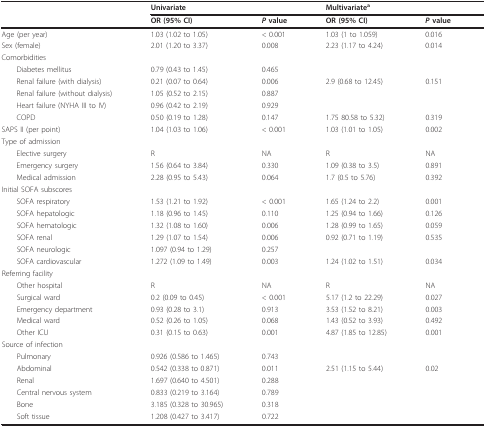
<table><thead><tr><td></td><td colspan="2"><b>Univariate</b></td><td colspan="2"><b>Multivariate<sup>a</sup></b></td></tr><tr><td></td><td><b>OR (95% CI)</b></td><td><b><i>P </i>value</b></td><td><b>OR (95% CI)</b></td><td><b><i>P </i>value</b></td></tr></thead><tbody><tr><td>Age (per year)</td><td>1.03 (1.02 to 1.05)</td><td>&lt; 0.001</td><td>1.03 (1 to 1.059)</td><td>0.016</td></tr><tr><td>Sex (female)</td><td>2.01 (1.20 to 3.37)</td><td>0.008</td><td>2.23 (1.17 to 4.24)</td><td>0.014</td></tr><tr><td>Comorbidities</td><td></td><td></td><td></td><td></td></tr><tr><td> Diabetes mellitus</td><td>0.79 (0.43 to 1.45)</td><td>0.465</td><td></td><td></td></tr><tr><td> Renal failure (with dialysis)</td><td>0.21 (0.07 to 0.64)</td><td>0.006</td><td>2.9 (0.68 to 12.45)</td><td>0.151</td></tr><tr><td> Renal failure (without dialysis)</td><td>1.05 (0.52 to 2.15)</td><td>0.887</td><td></td><td></td></tr><tr><td> Heart failure (NYHA III to IV)</td><td>0.96 (0.42 to 2.19)</td><td>0.929</td><td></td><td></td></tr><tr><td> COPD</td><td>0.50 (0.19 to 1.28)</td><td>0.147</td><td>1.75 80.58 to 5.32)</td><td>0.319</td></tr><tr><td>SAPS II (per point)</td><td>1.04 (1.03 to 1.06)</td><td>&lt; 0.001</td><td>1.03 (1.01 to 1.05)</td><td>0.002</td></tr><tr><td>Type of admission</td><td></td><td></td><td></td><td></td></tr><tr><td> Elective surgery</td><td>R</td><td>NA</td><td>R</td><td>NA</td></tr><tr><td> Emergency surgery</td><td>1.56 (0.64 to 3.84)</td><td>0.330</td><td>1.09 (0.38 to 3.5)</td><td>0.891</td></tr><tr><td> Medical admission</td><td>2.28 (0.95 to 5.43)</td><td>0.064</td><td>1.7 (0.5 to 5.76)</td><td>0.392</td></tr><tr><td>Initial SOFA subscores</td><td></td><td></td><td></td><td></td></tr><tr><td> SOFA respiratory</td><td>1.53 (1.21 to 1.92)</td><td>&lt; 0.001</td><td>1.65 (1.24 to 2.2)</td><td>0.001</td></tr><tr><td> SOFA hepatologic</td><td>1.18 (0.96 to 1.45)</td><td>0.110</td><td>1.25 (0.94 to 1.66)</td><td>0.126</td></tr><tr><td> SOFA hematologic</td><td>1.32 (1.08 to 1.60)</td><td>0.006</td><td>1.28 (0.99 to 1.65)</td><td>0.059</td></tr><tr><td> SOFA renal</td><td>1.29 (1.07 to 1.54)</td><td>0.006</td><td>0.92 (0.71 to 1.19)</td><td>0.535</td></tr><tr><td> SOFA neurologic</td><td>1.097 (0.94 to 1.29)</td><td>0.257</td><td></td><td></td></tr><tr><td> SOFA cardiovascular</td><td>1.272 (1.09 to 1.49)</td><td>0.003</td><td>1.24 (1.02 to 1.51)</td><td>0.034</td></tr><tr><td>Referring facility</td><td></td><td></td><td></td><td></td></tr><tr><td> Other hospital</td><td>R</td><td>NA</td><td>R</td><td>NA</td></tr><tr><td> Surgical ward</td><td>0.2 (0.09 to 0.45)</td><td>&lt; 0.001</td><td>5.17 (1.2 to 22.29)</td><td>0.027</td></tr><tr><td> Emergency department</td><td>0.93 (0.28 to 3.1)</td><td>0.913</td><td>3.53 (1.52 to 8.21)</td><td>0.003</td></tr><tr><td> Medical ward</td><td>0.52 (0.26 to 1.05)</td><td>0.068</td><td>1.43 (0.52 to 3.93)</td><td>0.492</td></tr><tr><td> Other ICU</td><td>0.31 (0.15 to 0.63)</td><td>0.001</td><td>4.87 (1.85 to 12.85)</td><td>0.001</td></tr><tr><td>Source of infection</td><td></td><td></td><td></td><td></td></tr><tr><td> Pulmonary</td><td>0.926 (0.586 to 1.465)</td><td>0.743</td><td></td><td></td></tr><tr><td> Abdominal</td><td>0.542 (0.338 to 0.871)</td><td>0.011</td><td>2.51 (1.15 to 5.44)</td><td>0.02</td></tr><tr><td> Renal</td><td>1.697 (0.640 to 4.501)</td><td>0.288</td><td></td><td></td></tr><tr><td> Central nervous system</td><td>0.833 (0.219 to 3.164)</td><td>0.789</td><td></td><td></td></tr><tr><td> Bone</td><td>3.185 (0.328 to 30.965)</td><td>0.318</td><td></td><td></td></tr><tr><td> Soft tissue</td><td>1.208 (0.427 to 3.417)</td><td>0.722</td><td></td><td></td></tr></tbody></table>